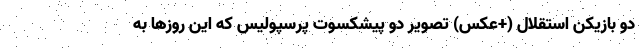
دو بازیکن استقلال (+عکس) تصویر دو پیشکسوت پرسپولیس که این روزها به